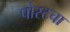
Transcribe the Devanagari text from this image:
पोस्टचा